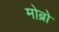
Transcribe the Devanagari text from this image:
मोब्रो